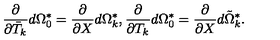
\frac { \partial } { \partial \bar { T } _ { k } } d \Omega _ { 0 } ^ { * } = \frac { \partial } { \partial X } d \Omega _ { k } ^ { * } , \frac { \partial } { \partial T _ { k } } d \Omega _ { 0 } ^ { * } = \frac { \partial } { \partial X } d \tilde { \Omega } _ { k } ^ { * } .